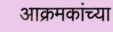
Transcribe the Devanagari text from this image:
आक्रमकांच्या